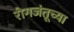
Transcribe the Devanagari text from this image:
रोगजंतूच्या